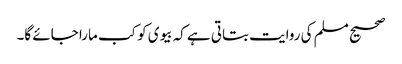
صحیح مسلم کی روایت بتاتی ہے کہ بیوی کو کب مارا جائے گا۔